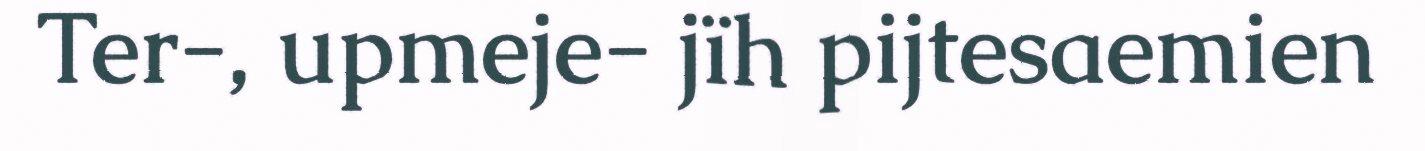
Ter-, upmeje- jïh pijtesaemien